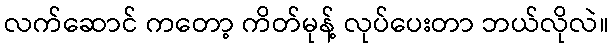
လက်ဆောင် ကတော့ ကိတ်မုန့် လုပ်ပေးတာ ဘယ်လိုလဲ။